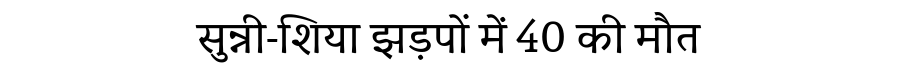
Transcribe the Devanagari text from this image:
सुन्नी-शिया झड़पों में 40 की मौत